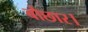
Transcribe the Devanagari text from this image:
बौछार।